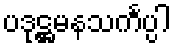
ပဒုဋ္ဌမနသင်္ကပ္ပါ